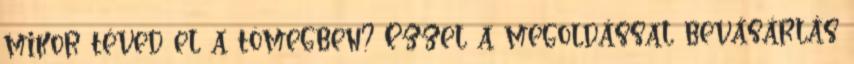
mikor téved el a tömegben? Ezzel a megoldással bevásárlás